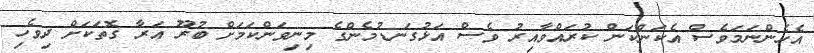
އެހެންނަމަވެސް އެކަންކަން ކުރައްވާއިރު ވެސް އަޅުގަނޑުމެންގެ މިނިވަންކަމަށް ބުރޫ އަރާ ގޮތަކަށް ދިވެހި